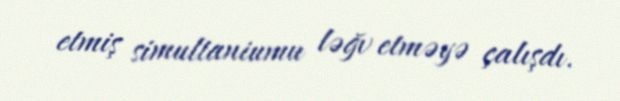
etmiş simultaniumu ləğv etməyə çalışdı.